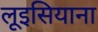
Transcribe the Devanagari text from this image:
लूइसियाना